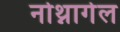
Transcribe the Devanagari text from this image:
नोथ्नागेल